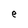
Character: e